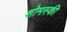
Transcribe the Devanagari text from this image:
शोमस्की